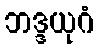
ဘဒ္ဒယုဂံ